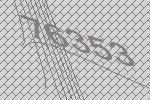
76353